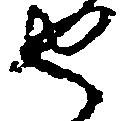
守